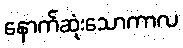
နောက်ဆုံးသောကာလ